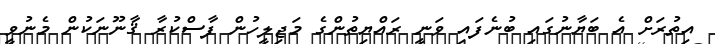
އިތުރަށް އެ ބަޔާނުގައި ބުނެފައި ވަނީ ރައްޔިތުންގެ މަޖިލީހުން ފާސްކުރާ ޤާނޫނަކުން މެނުވީ